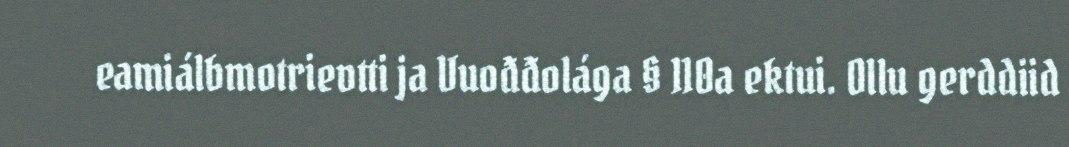
eamiálbmotrievtti ja Vuođđolága § 110a ektui. Ollu gerddiid